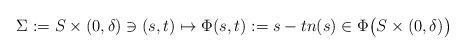
LaTeX: \begin{align*} \Sigma:=S\times (0,\delta)\ni (s,t)\mapsto \Phi(s,t):=s-tn(s)\in \Phi\big(S\times (0,\delta)\big)\end{align*}